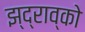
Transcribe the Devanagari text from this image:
झ्द्राव्को